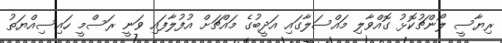
ރިޔާސީ ލޯންޗުކޮޅު ގޮއްވާލި މައްސަލާގައި އަދީބުގެ މައްޗަށް އުފުލާފައި ވަނީ ރަސްމީ ހައިސިއްޔަތު